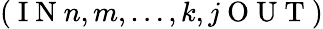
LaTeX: (\mathrm{~I~N~}n,m,\dots,k,j\mathrm{~O~U~T~})